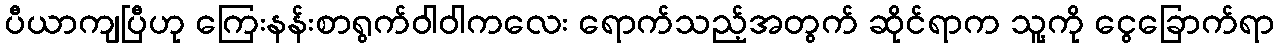
ပီယာကျပြီဟု ကြေးနန်းစာရွက်ဝါဝါကလေး ရောက်သည့်အတွက် ဆိုင်ရာက သူ့ကို ငွေခြောက်ရာ